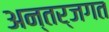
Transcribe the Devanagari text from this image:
अन्तर्जगत